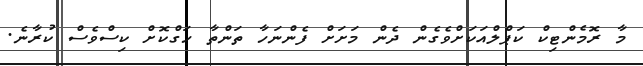
މާ ރޮމެންޓިކް ކަޕްލްއަކަށްވެގެން ދެން މަށަށް ފެންނަހާ ތަންތާ ހަގްކޮށް ކިސްވެސް ކުރާނެ.